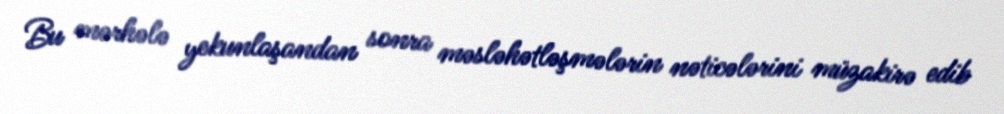
Bu mərhələ yekunlaşandan sonra məsləhətləşmələrin nəticələrini müzakirə edib